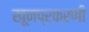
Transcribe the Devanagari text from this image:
खूनप्रकरणी